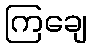
ကြချေ